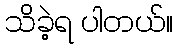
သိခဲ့ရ ပါတယ်။